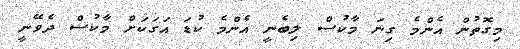
މިގޮތުން އެންމެ ގިނަ މާކުސް ލިބެނީ އެންމެ ކުޑަ އަގަކަށް މާކުސް ދެވޭނީ